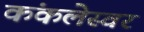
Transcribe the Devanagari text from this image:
कंकलेस्वर